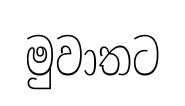
මුවාතට